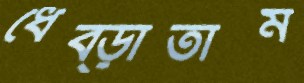
ধেব্‌ড়াতাম